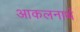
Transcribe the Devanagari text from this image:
आकलनार्थ